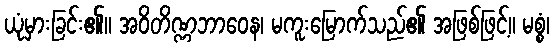
ယုံမှားခြင်း၏။ အဝိတိဏ္ဏဘာဝေန၊ မကူးမြောက်သည်၏ အဖြစ်ဖြင့်။ မစ္စံ၊